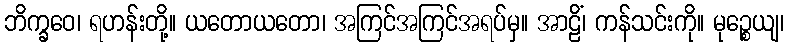
ဘိက္ခဝေ၊ ရဟန်းတို့။ ယတောယတော၊ အကြင်အကြင်အရပ်မှ။ အာဠိံ၊ ကန်သင်းကို။ မုဉ္စေယျ၊